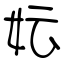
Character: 妘